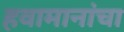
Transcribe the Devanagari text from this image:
हवामानांचा